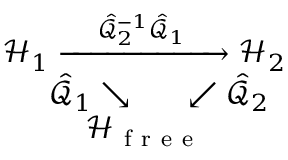
\begin{array} { r } { \mathcal { H } _ { 1 } \xrightarrow { \; \; \; \; \; \hat { \mathcal { Q } } _ { 2 } ^ { - 1 } \hat { \mathcal { Q } } _ { 1 } \; \; \; \; \; } \mathcal { H } _ { 2 } } \\ { \hat { \mathcal { Q } } _ { 1 } \searrow \; \; \; \; \; \; \; \swarrow \hat { \mathcal { Q } } _ { 2 } \; \; } \\ { \mathcal { H } _ { \mathrm { ~ f ~ r ~ e ~ e ~ } } \; \; \; \; \; \; \; \; \; \; } \end{array}